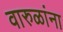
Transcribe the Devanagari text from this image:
वारुळांना